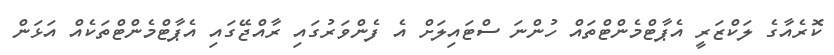
ކޮރެއާގެ ލަކްޒަރީ އެޕާޓްމެންޓްތައް ހުންނަ ސްޓައިލަށް އެ ފެންވަރުގައި ރާއްޖޭގައި އެޕާޓްމެންޓްތަކެއް އަޅަން